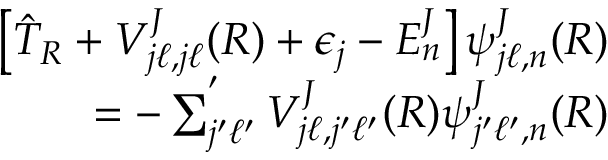
\begin{array} { r } { \left[ \hat { T } _ { R } + V _ { j \ell , j \ell } ^ { J } ( R ) + \epsilon _ { j } - E _ { n } ^ { J } \right] \psi _ { j \ell , n } ^ { J } ( R ) } \\ { = - \sum _ { j ^ { \prime } \ell ^ { \prime } } ^ { ' } V _ { j \ell , j ^ { \prime } \ell ^ { \prime } } ^ { J } ( R ) \psi _ { j ^ { \prime } \ell ^ { \prime } , n } ^ { J } ( R ) } \end{array}